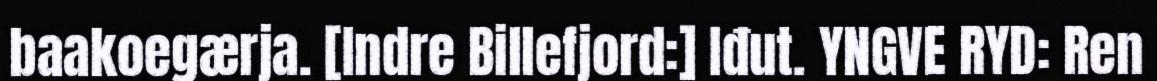
baakoegærja. [Indre Billefjord:] Iđut. YNGVE RYD: Ren